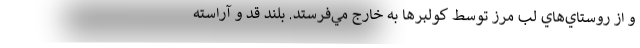
و از روستاي‌هاي لب مرز توسط كولبرها به خارج مي‌فرستد. بلند قد و آراسته